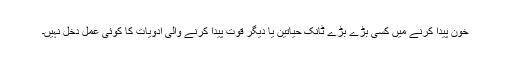
خون پیدا کرنے میں کسی بڑے بڑے ٹانک حیاتین یا دیگر قوت پیدا کرنے والی ادویات کا کوئی عمل دخل نہیں۔